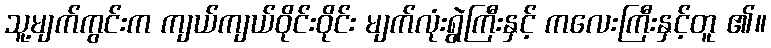
သူ့မျက်ကွင်းက ကျယ်ကျယ်ဝိုင်းဝိုင်း မျက်လုံးရွဲကြီးနှင့် ကလေးကြီးနှင့်တူ ၏။